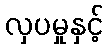
လှပမှုနှင့်